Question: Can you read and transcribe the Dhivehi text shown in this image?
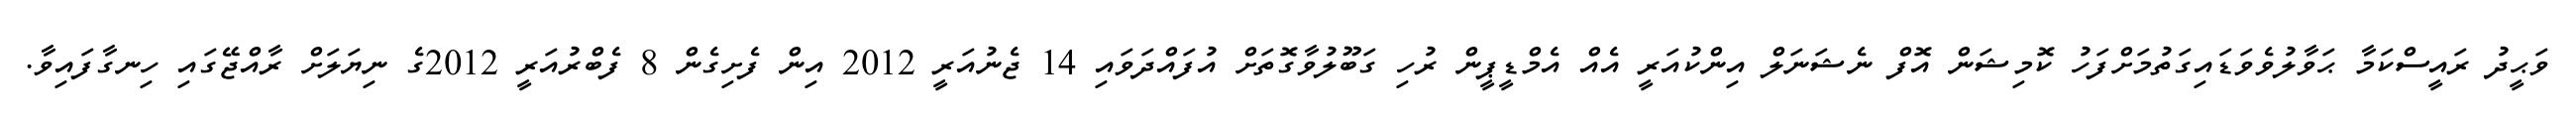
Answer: ވަޙީދު ރައީސްކަމާ ޙަވާލުވެވަޑައިގަތުމަށްފަހު ކޮމިޝަން އޮފް ނެޝަނަލް އިންކުއަރީ އެއް އެމްޑީޕީން ރުހި ގަބޫލުވާގޮތަށް އުފައްދަވައި 14 ޖެނުއަރީ 2012 އިން ފެށިގެން 8 ފެބްރުއަރީ 2012ގެ ނިޔަލަށް ރާއްޖޭގައި ހިނގާފައިވާ.